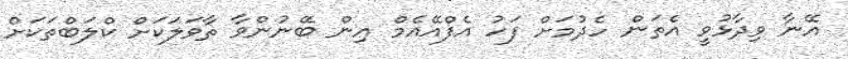
އޭނާ ވިދާޅުވީ އެތަން ހެދުމަށް ފަހު އެފްއޭއެމް އިން ބޭނުންވާ ތާވަލަކަށް ކްލަބްތަކަށް